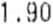
1.90